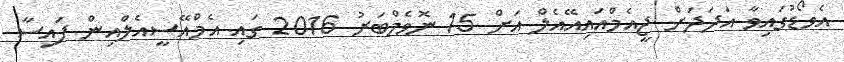
އެވޯޑުގައިވާ އަދަދަށް ޖީއެމްއައިއޭއެލް އަށް 15 ނޮވެމްބަރު 2016 ގައި އެމްއޭސީއެލްއިން ފައިސާ